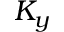
K _ { y }